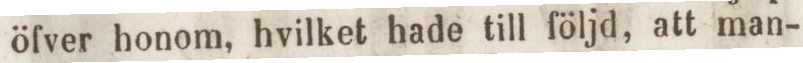
öfver honom, hvilket hade till följd, att man-